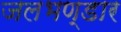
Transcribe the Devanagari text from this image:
जलभण्डार